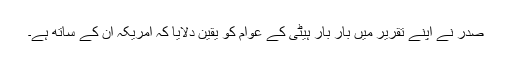
صدر نے اپنے تقریر میں بار بار ہیٹی کے عوام کو یقین دلایا کہ امریکہ اُن کے ساتھ ہے۔